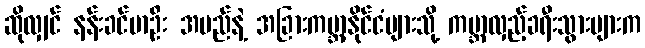
ဆိုလျှင် နန်းခင်မာဦး အမည်နဲ့ အခြားကမ္ဘာ့နိုင်ငံများသို့ ကမ္ဘာလှည့်ခရီးသွားများက